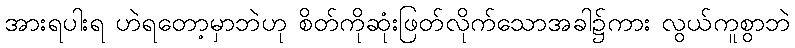
အားရပါးရ ဟဲရတော့မှာဘဲဟု စိတ်ကိုဆုံးဖြတ်လိုက်သောအခါ၌ကား လွယ်ကူစွာဘဲ